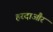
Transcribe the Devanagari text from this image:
हरदाऔर